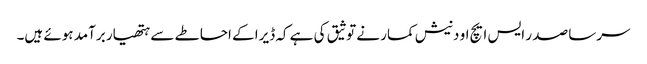
سرسا صد ر ایس ایچ او دنیش کمار نے توثیق کی ہے کہ ڈیرا کے احاطے سے ہتھیار برآمد ہوئے ہیں۔